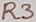
Text: R3